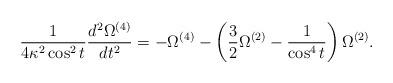
LaTeX: \begin{align*}\frac{1}{4\kappa^{2}\cos^{2}{t}}\frac{d^2\Omega^{(4)}}{dt^2}=-\Omega^{(4)}- \left(\frac{3}{2}\Omega^{(2)}-\frac{1}{\cos^{4}{t}}\right)\Omega^{(2)} .\end{align*}